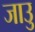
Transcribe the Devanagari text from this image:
जाउु